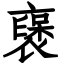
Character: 襃